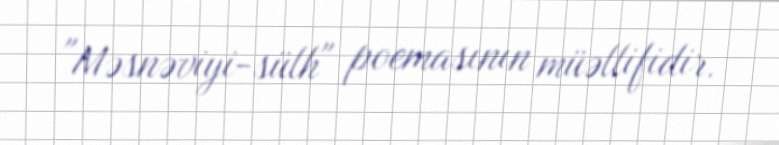
"Məsnəviyi-sülh" poemasının müəllifidir.